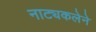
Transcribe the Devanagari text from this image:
नाट्यकलेने